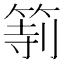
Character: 𥮻